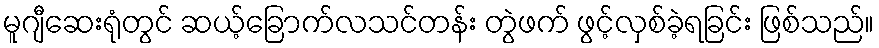
မူဂျီဆေးရုံတွင် ဆယ့်ခြောက်လသင်တန်း တွဲဖက် ဖွင့်လှစ်ခဲ့ရခြင်း ဖြစ်သည်။